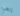
إلهي